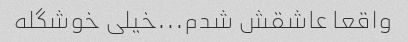
واقعا عاشقش شدم...خیلی خوشگله